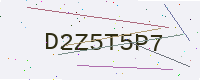
Text: D2Z5T5P7